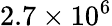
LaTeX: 2.7\times 10^{6}